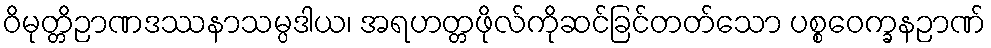
ဝိမုတ္တိဉာဏဒဿနာသမ္ပဒါယ၊ အရဟတ္တဖိုလ်ကိုဆင်ခြင်တတ်သော ပစ္စဝေက္ခနဉာဏ်